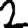
Digit: 2